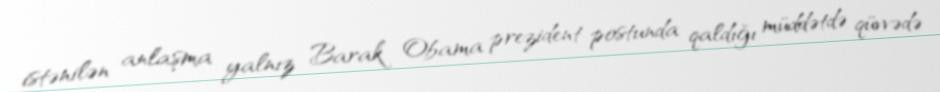
istənilən anlaşma yalnız Barak Obama prezident postunda qaldığı müddətdə qüvvədə